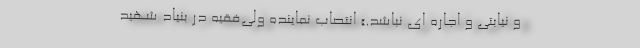
و نیابتی و اجاره ای نباشد.» انتصاب نماینده ولی‌فقیه در بنیاد شهید